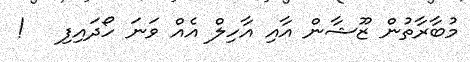
މުބާރާތުން ޒޫޝާން އާއި އާހިލް އެއް ވަނަ ހޯދައިފި   !